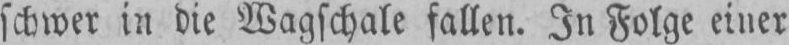
schwer in die Wagschale fallen. In Folge einer